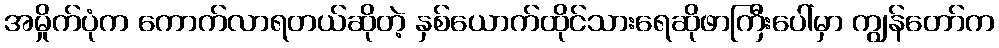
အမှိုက်ပုံက ကောက်လာရတယ်ဆိုတဲ့ နှစ်ယောက်ထိုင်သားရေဆိုဖာကြီးပေါ်မှာ ကျွန်တော်က